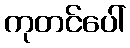
ကုတင်ပေါ်